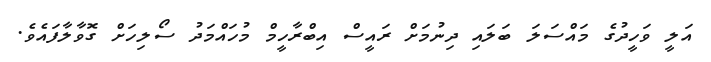
އަލީ ވަހީދުގެ މައްސަލަ ބަލައި ދިނުމަށް ރައީސް އިބްރާހީމް މުހައްމަދު ސޯލިހަށް ގޮވާލާފައެވެ.